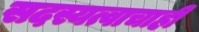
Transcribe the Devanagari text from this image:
सदस्यत्वाचाही